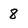
Character: 8